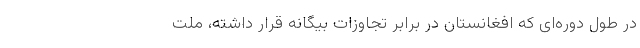
در طول دوره‌ای که افغانستان در برابر تجاوزات بیگانه قرار داشته، ملت